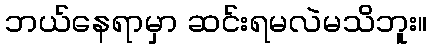
ဘယ်နေရာမှာ ဆင်းရမလဲမသိဘူး။